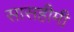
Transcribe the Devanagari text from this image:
सासहीमी